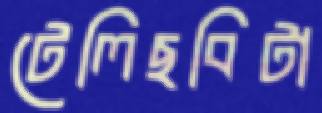
টেলিছবিটা